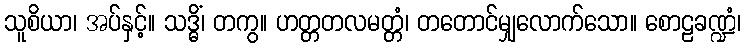
သူစိယာ၊ အပ်နှင့်။ သဒ္ဓိံ၊ တကွ။ ဟတ္တတလမတ္တံ၊ တတောင်မျှလောက်သော။ စောဠခဏ္ဍံ၊